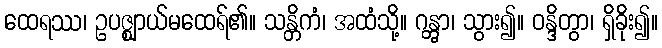
ထေရဿ၊ ဥပဇ္ဈာယ်မထေရ်၏။ သန္တိကံ၊ အထံသို့။ ဂန္တွာ၊ သွား၍။ ဝန္ဒိတွာ၊ ရှိခိုး၍။